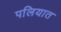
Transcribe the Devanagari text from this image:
पलियात